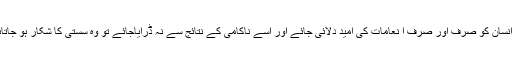
اگر انسان کو صرف اور صرف ا نعامات کی امید دلائی جائے اور اسے ناکامی کے نتائج سے نہ ڈرایاجائے تو وہ سستی کا شکار ہو جاتاہے ۔